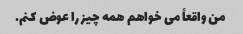
من واقعاً می خواهم همه چیز را عوض کنم.